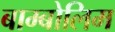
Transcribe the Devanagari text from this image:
बाम्बोलिम